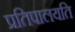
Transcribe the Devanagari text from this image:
प्रतिपालयति